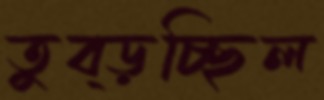
তুব্‌ড়চ্ছিল